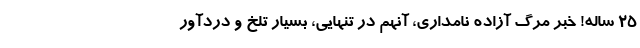
25 ساله! خبر مرگ آزاده نامداری، آنهم در تنهایی، بسیار تلخ و دردآور